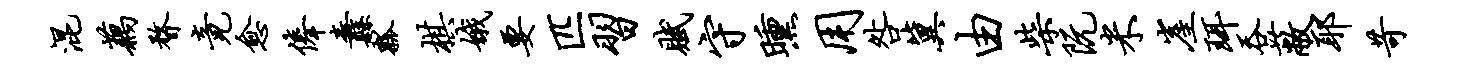
混藕瞀竟愈俸纛瓢棋娥要匹习赋守曛用咎冀由柴阮米崖珥吞蔽耶苛